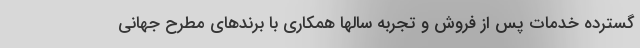
گسترده خدمات پس از فروش و تجربه سالها همکاری با برندهای مطرح جهانی